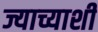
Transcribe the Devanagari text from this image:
ज्याच्याशी